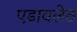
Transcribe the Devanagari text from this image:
एडावलेठ